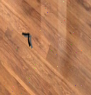
٦